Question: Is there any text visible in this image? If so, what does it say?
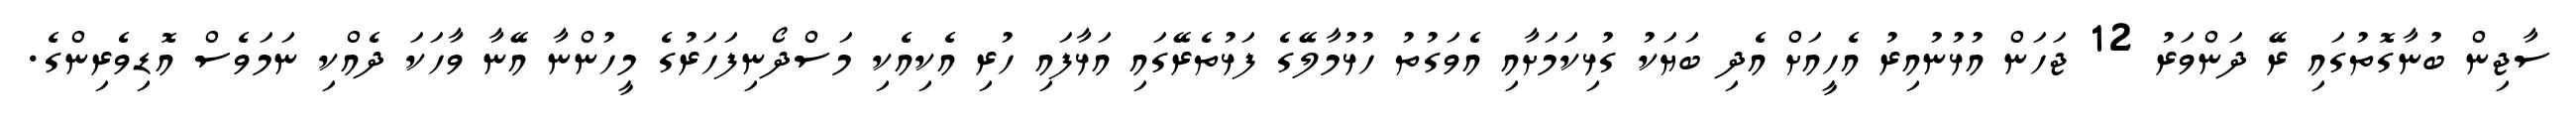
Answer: ސާޖިން ބުނާގޮތުގައި ރޭ ދަންވަރު 12 ޖަހަން އުޅުނުއިރު އެހީއަށް އެދި ބަޔަކު ގުޅިކަމަށާއި އެވަގުތު ހުޅުމާލޭގެ ފަޅުތެރޭގައި އަޅާފައި ހުރި އެކިއެކި މަސްދޯނިފަހަރުގެ މީހުންނާ އޭނާ ވާހަކަ ދެއްކި ނަމަވެސް އޮޑިވެރިންގެ.